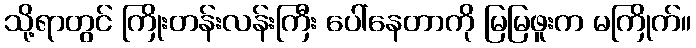
သို့ရာတွင် ကြိုးတန်းလန်းကြီး ပေါ်နေတာကို မြမြဖူးက မကြိုက်။